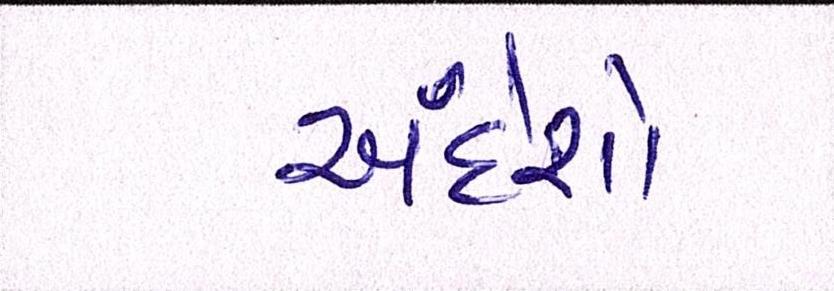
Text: અંદેશો